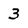
Character: 3